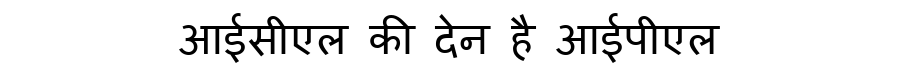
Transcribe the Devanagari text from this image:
आईसीएल की देन है आईपीएल